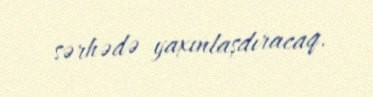
sərhədə yaxınlaşdıracaq.